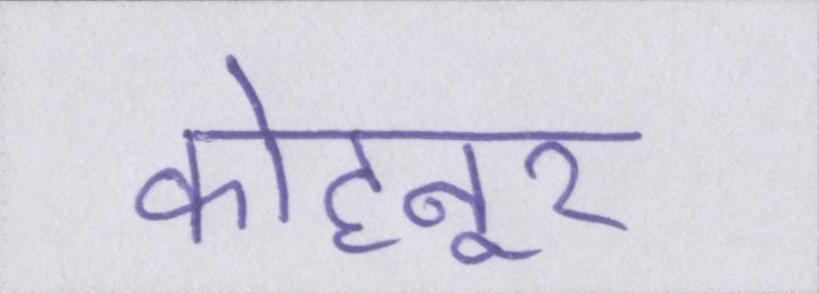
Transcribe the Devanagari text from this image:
कोहनूर